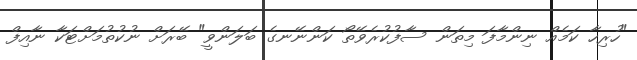
"ހުރިހާ ކަމެއް ނިންމާފަ މިތަން ސާފުކުރެވޭތޯ ކަންނޭނގެ ބަލަންވީ" ބޭރަށް ނުކުތުމަށްޓަކާ ނާއިފް